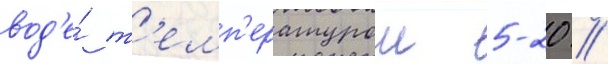
вод'е́ т'емп'ературои 5-20 //